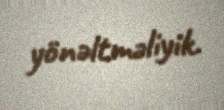
yönəltməliyik.